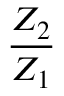
\frac { Z _ { 2 } } { Z _ { 1 } }